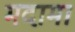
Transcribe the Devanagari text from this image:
मदामा